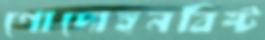
গোদোহনবিষ্ট